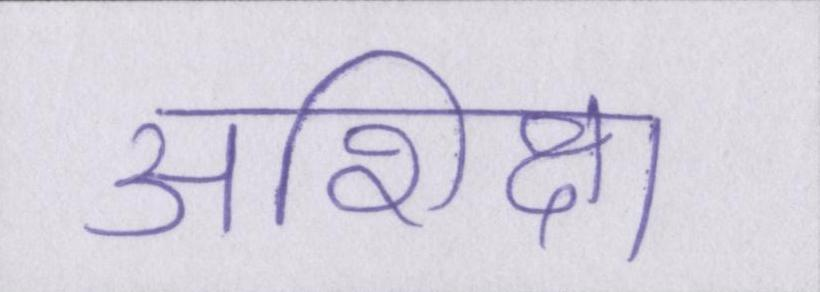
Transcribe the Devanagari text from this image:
अशिक्षा